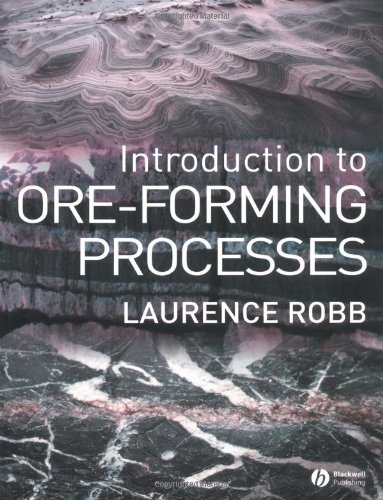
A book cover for Introduction to Ore-Forming Processes; Laurence Robb; Science & Math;